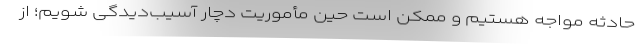
حادثه مواجه هستیم و ممکن است حین مأموریت دچار آسیب‌دیدگی شویم؛ از